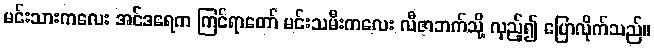
မင်းသားကလေး အင်ဒရေက ကြင်ရာတော် မင်းသမီးကလေး လီဇာဘက်သို့ လှည့်၍ ပြောလိုက်သည်။